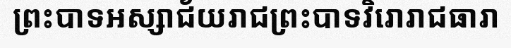
ព្រះបាទអស្សាជ័យរាជព្រះបាទវិរោរាជធារា